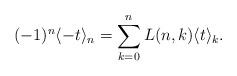
LaTeX: \begin{align*}(-1)^n\langle-t\rangle_n=\sum_{k=0}^nL(n,k)\langle t\rangle_k.\end{align*}